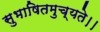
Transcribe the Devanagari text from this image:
सुभाषितमुच्यते।।